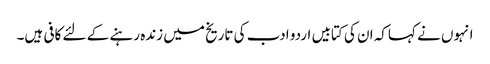
انہوں نے کہاکہ ان کی کتابیں اردو ادب کی تاریخ میں زندہ رہنے کے لئے کافی ہیں۔